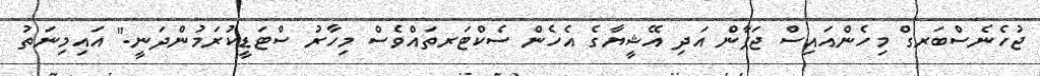
ޖުހެނެސްބަރގް މިހެންއައިސް ޖަޕާން އަދި އޭޝީޔާގެ އެހެން ސެކްޓަރތައްވެސް މިހާރު ސްޓަޑީކުރަމުންދަނީ." އައިމިނަތު